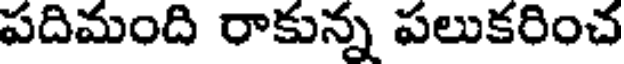
పదిమంది రాకున్న పలుకరించ